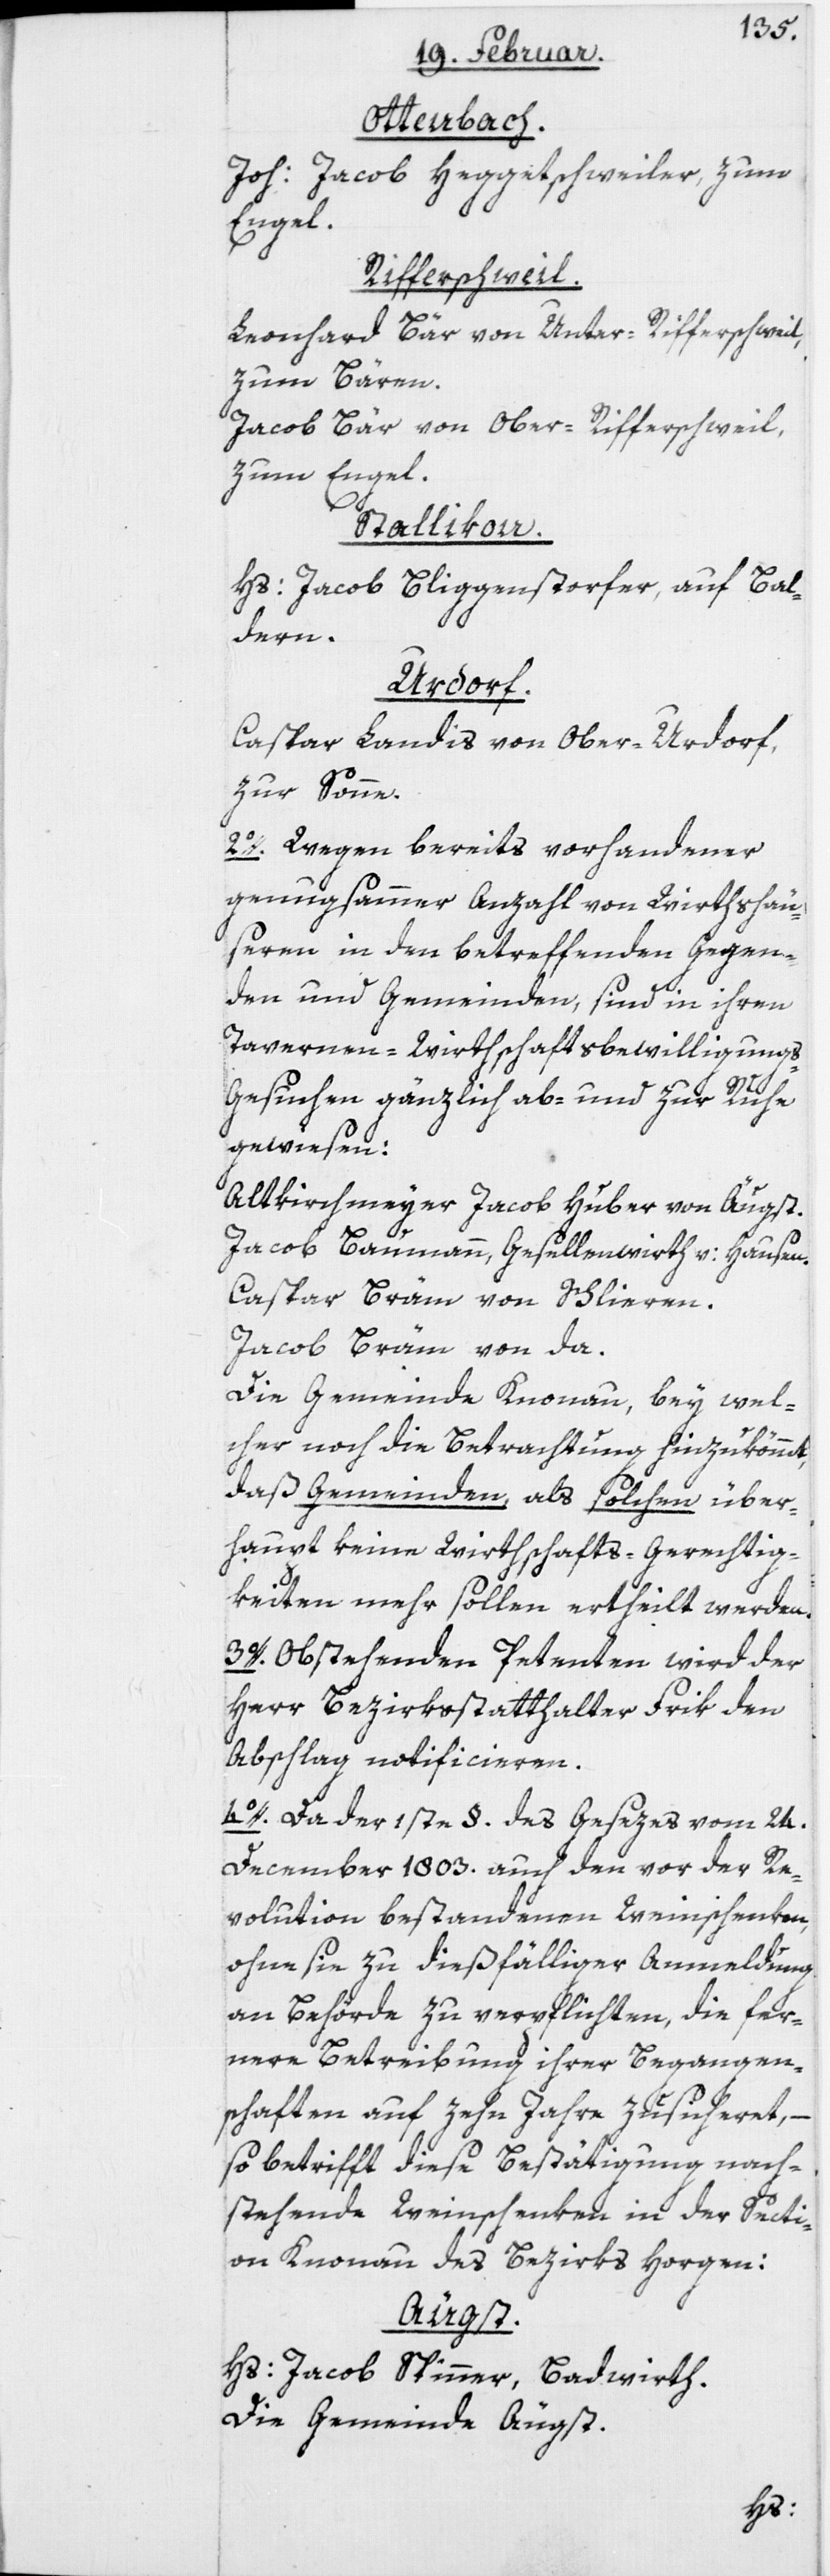
Ottenbach.
Joh: Jacob Heggetschweiler, zum
Engel.
Rifferschweil.
Leonhard Bär von Unter-Rifferschweil,
zum Bären.
Jacob Bär von Ober-Rifferschweil,
zum Engel.
Stallikon.
Hs: Jacob Bliggenstorfer, auf Bal¬
dern.
Urdorf.
Caspar Landis von Ober-Urdorf,
zur Sonne.
2o. Wegen bereits vorhandener
genugsammer Anzahl von Wirthshäu¬
sern in den betreffenden Gegen¬
den und Gemeinden, sind in ihren
Tavernen-Wirthschaftsbewilligung¬
s-Gesuchen gänzlich ab- und zur Ruhe
gewiesen:
Altkirchmeyer Jacob Huber von Äugst.
Jacob Baumann, Gesellenwirth v: Hausen.
Caspar Bräm von Schlieren.
Jacob Bräm von da.
Die Gemeinde Knonau, bey wel¬
cher noch die Betrachtung hinzukömmt,
daß Gemeinden, als solchen über¬
haupt keine Wirthschafts-Gerechtig¬
keiten mehr sollen ertheilt werden.
3o. Obstehenden Petenten wird der
Herr Bezirksstatthalter Frik den
Abschlag notificieren.
4o. Da der 1ste §. des Gesezes vom 24.
December 1803. auch den vor der Re¬
volution bestandenen Weinschenken,
ohne sie zu dießfälliger Anmeldung
an Behörde zu verpflichten, die fer¬
nere Betreibung ihrer Begangen¬
schaften auf zehn Jahre zusicheret,
so betrifft diese Bestätigung nach¬
stehende Weinschenken in der Secti¬
on Knonau des Bezirks Horgen:
Hs: Jacob Spinner, Badwirth.
Die Gemeinde Äugst.